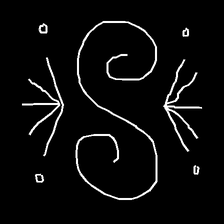
Glyph: aeroform